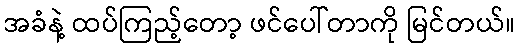
အခံနဲ့ ထပ်ကြည့်တော့ ဖင်ပေါ်တာကို မြင်တယ်။